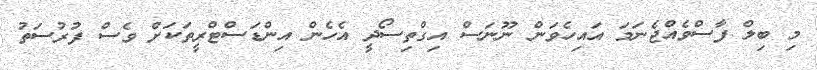
މި ބިލް ފާސްވެއްޖެނަމަ އައިހެވަން ނޫނަސް އިގްތިސޯދީ އެހެން އިންޑަސްޓްރީތަކަށް ވެސް ފުރުސަތު